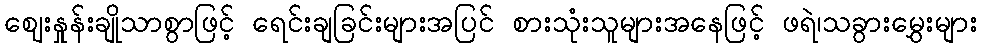
ဈေးနှုန်းချိုသာစွာဖြင့် ရေင်းချခြင်းများအပြင် စားသုံးသူများအနေဖြင့် ဖရဲ၊သခွားမွှေးများ